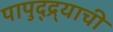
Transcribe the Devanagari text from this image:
पापुद्द्र्याची